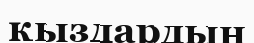
қыздардын